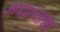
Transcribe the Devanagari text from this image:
अयानाचा